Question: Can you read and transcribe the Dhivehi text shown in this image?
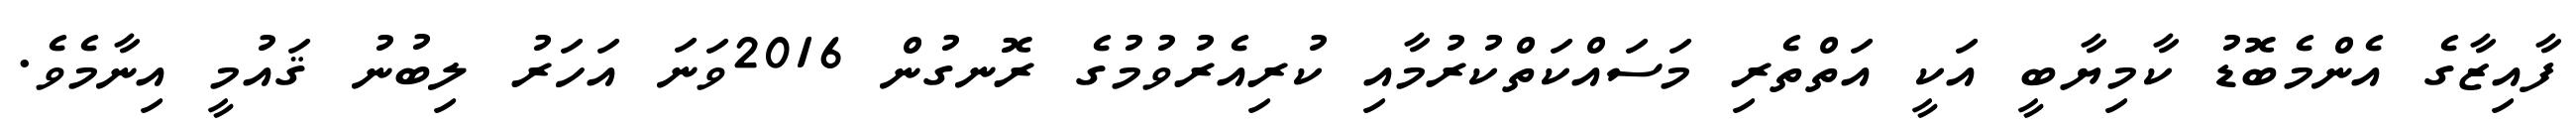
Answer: ފާއިޒާގެ އެންމެބޮޑު ކާމިޔާބީ އަކީ އަތްތެރި މަސައްކަތްކުރުމާއި ކުރިއެރުވުމުގެ ރޮނގުން 2016ވަނަ އަހަރު ލިބުނު ޤައުމީ އިނާމެވެ.